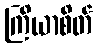
ကြိယာစိတ်